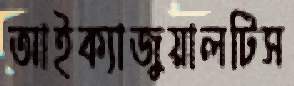
আইক্যাজুয়ালটিস